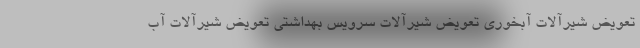
تعویض شیرآلات آبخوری تعویض شیرآلات سرویس بهداشتی تعویض شیرآلات آب